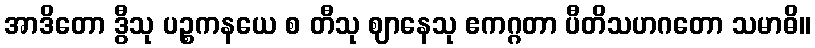
အာဒိတော ဒွီသု ပဉ္စကနယေ စ တီသု ဈာနေသု ဧကဂ္ဂတာ ပီတိသဟဂတော သမာဓိ။